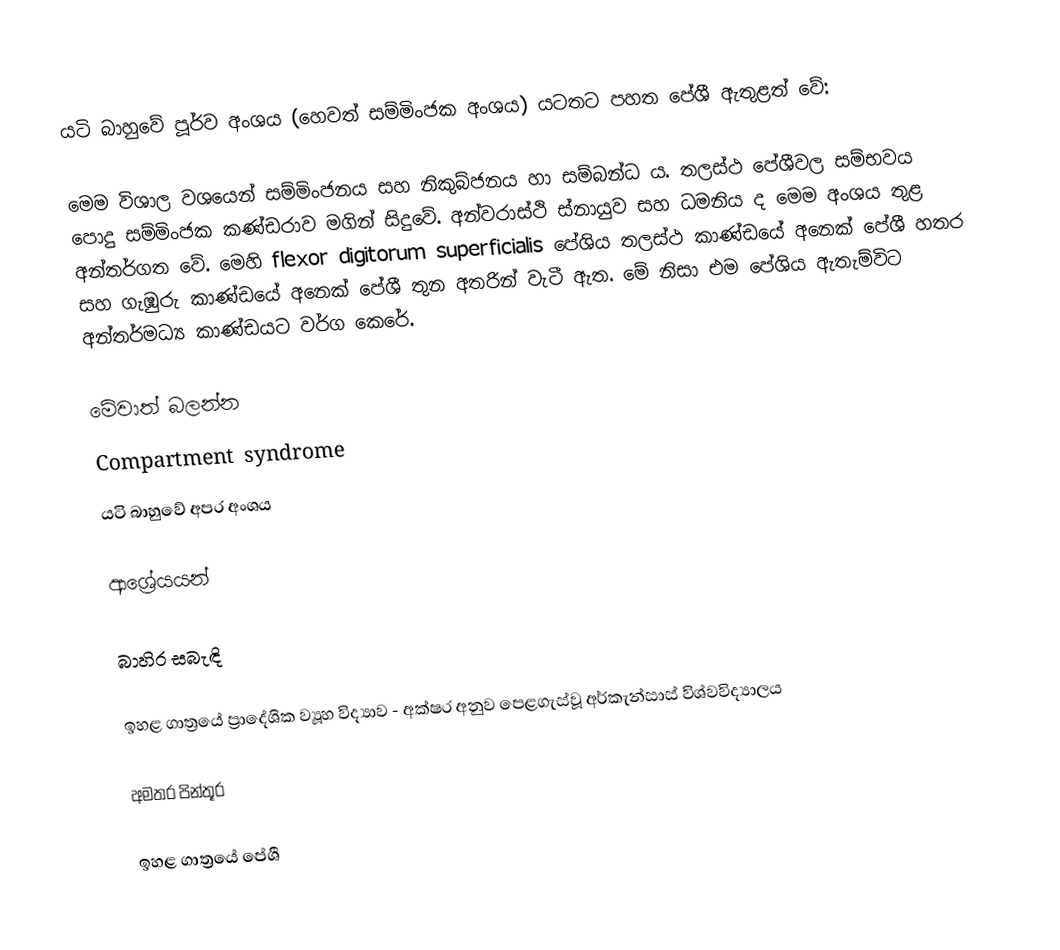
යටි බාහුවේ පූර්ව අංශය (හෙවත් සම්මිංජක අංශය) යටතට පහත පේශී ඇතුළත් වේ:

මෙම විශාල වශයෙන් සම්මිංජනය සහ නිකුබ්ජනය හා සම්බන්ධ ය. තලස්ථ පේශීවල සම්භවය පොදු සම්මිංජක කණ්ඩරාව මගින් සිදුවේ. අන්වරාස්ථි ස්නායුව සහ ධමනිය ද මෙම අංශය තුළ අන්තර්ගත වේ. මෙහි flexor digitorum superficialis පේශිය තලස්ථ කාණ්ඩයේ අනෙක් පේශී හතර සහ ගැඹුරු කාණ්ඩයේ අනෙක් පේශී තුන අතරින් වැටී ඇත. මේ නිසා එම පේශිය ඇතැම්විට අන්තර්මධ්‍ය කාණ්ඩයට වර්ග කෙරේ.

මේවාත් බලන්න
 Compartment syndrome
 යටි බාහුවේ අපර අංශය

ආශ්‍රේයයන්

බාහිර සබැඳි

 ඉහළ ගාත්‍රයේ ප්‍රාදේශික ව්‍යූහ විද්‍යාව - අක්ෂර අනුව පෙළගැස්වූ අර්කැන්සාස් විශ්වවිද්‍යාලය

අමතර පින්තූර

ඉහළ ගාත්‍රයේ පේශී